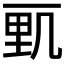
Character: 𰀓